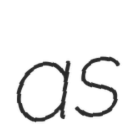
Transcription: as